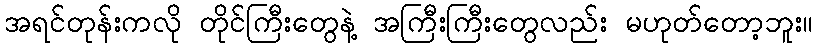
အရင်တုန်းကလို တိုင်ကြီးတွေနဲ့ အကြီးကြီးတွေလည်း မဟုတ်တော့ဘူး။